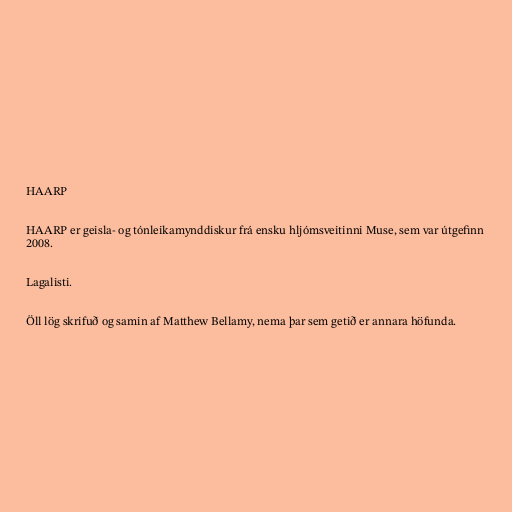
HAARP

HAARP er geisla- og tónleikamynddiskur frá ensku hljómsveitinni Muse, sem var útgefinn
2008.

Lagalisti.

Öll lög skrifuð og samin af Matthew Bellamy, nema þar sem getið er annara höfunda.